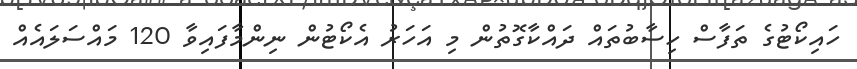
ހައިކޯޓުގެ ތަފާސް ހިސާބުތައް ދައްކާގޮތުން މި އަހަރު އެކޯޓުން ނިންމާފައިވާ 120 މައްސަލައެއް